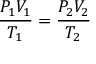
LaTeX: \qquad { \frac { P _ { 1 } V _ { 1 } } { T _ { 1 } } } = { \frac { P _ { 2 } V _ { 2 } } { T _ { 2 } } }